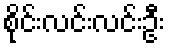
စိုင်းလင်းလင်းဦး